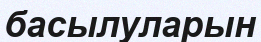
басылуларын